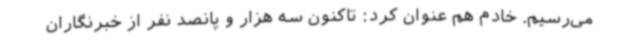
می‌رسیم. خادم هم عنوان کرد: تاکنون سه هزار و پانصد نفر از خبرنگاران